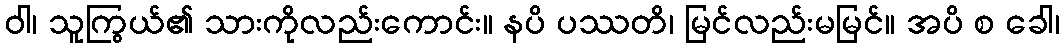
ဝါ၊ သူကြွယ်၏ သားကိုလည်းကောင်း။ နပိ ပဿတိ၊ မြင်လည်းမမြင်။ အပိ စ ခေါ၊